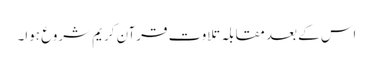
اس کے بعد مقابلہ تلاوت قرآن کریم شروع ہوا۔